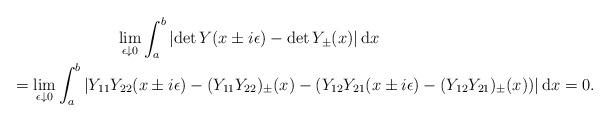
LaTeX: \begin{gather*}\lim_{\epsilon \downarrow 0} \int_a^b \left\vert \det Y(x \pm i\epsilon) - \det Y_\pm(x) \right\vert {\rm d}x \\\qquad{}=\lim_{\epsilon \downarrow 0} \int_a^b \left\vert Y_{11}Y_{22}(x \pm i\epsilon) - ( Y_{11}Y_{22})_\pm (x) - \left(Y_{12}Y_{21}(x \pm i\epsilon) - ( Y_{12}Y_{21})_\pm (x) \right)\right\vert {\rm d}x = 0.\end{gather*}